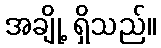
အချို့ ရှိသည်။